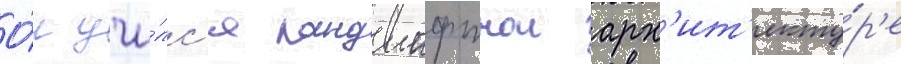
О́н учи́лс'я ландшафтнои арх'ит'екту́р'е